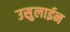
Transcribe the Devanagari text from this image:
उसुलाईन